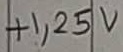
Text: +1,25V